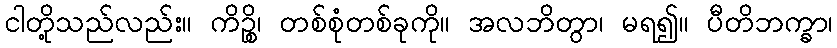
ငါတို့သည်လည်း။ ကိဉ္စိ၊ တစ်စုံတစ်ခုကို။ အလဘိတွာ၊ မရ၍။ ပီတိဘက္ခာ၊